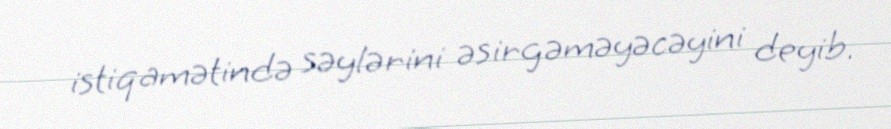
istiqamətində səylərini əsirgəməyəcəyini deyib.